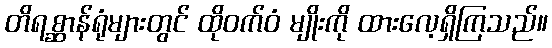
တိရစ္ဆာန်ရုံများတွင် ထိုဝက်ဝံ မျိုးကို ထားလေ့ရှိကြသည်။